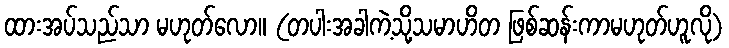
ထားအပ်သည်သာ မဟုတ်လော။ (တပါးအခါကဲ့သို့သမာဟိတ ဖြစ်ဆန်းကာမဟုတ်ဟူလို)